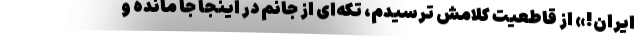
ایران!» از قاطعیت کلامش ترسیدم، تکه‌ای از جانم در اینجا جا مانده و